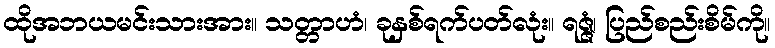
ထိုအဘယမင်းသားအား။ သတ္တာဟံ၊ ခုနှစ်ရက်ပတ်လုံး။ ရဇ္ဇံ၊ ပြည်စည်းစိမ်ကို။